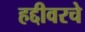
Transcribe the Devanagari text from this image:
हद्दीवरचे